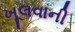
ખૂલવાની